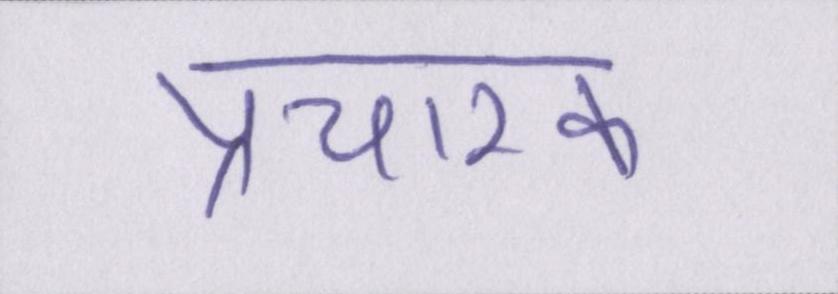
प्रचारक